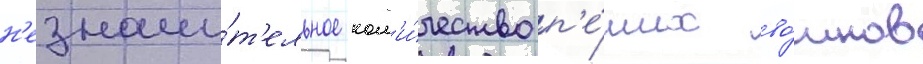
н'езначи́т'ельное кол'и́чество п'е́ших во́инов